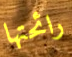
رائحتها